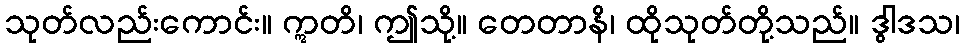
သုတ်လည်းကောင်း။ ဣတိ၊ ဤသို့။ တေတာနိ၊ ထိုသုတ်တို့သည်။ ဒွါဒသ၊